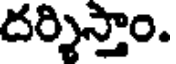
దర్శిస్తాం.